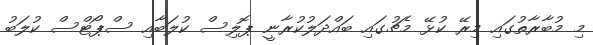
މި މުބާރާތުގައި މިރޭ ކުޅޭ މެޗުގައި ބައްދަލުކުރާނީ ޕޮލިސް ކުލަބާއި ސްޕޯޓްސް ކުލަބު